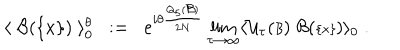
\langle \; { \cal B } ( { \{ x \} } ) \; \rangle _ { 0 } ^ { \theta } \; \; : = \; \; e ^ { i \theta \frac { Q _ { 5 } ( { \scriptstyle { \cal B } } ) } { 2 N } } \lim _ { \tau \rightarrow \infty } \langle { \cal U } _ { \tau } ( { \scriptstyle { \cal B } } ) \; { \cal B } ( { \scriptstyle \{ x \} } ) \rangle _ { 0 } \; .